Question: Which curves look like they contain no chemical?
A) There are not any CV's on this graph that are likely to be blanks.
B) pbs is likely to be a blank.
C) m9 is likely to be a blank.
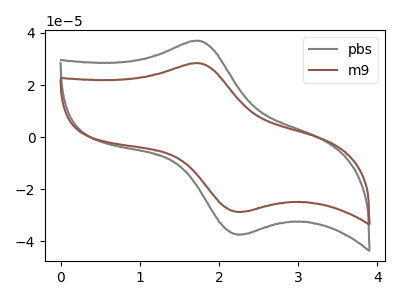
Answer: <think>The gray curve "pbs" has an anodic peak at (1.75V, 36.95uA) and a cathodic peak at (2.30V, -37.35uA). The brown curve "m9" has an anodic peak at (1.75V, 28.40uA) and a cathodic peak at (2.30V, -28.70uA).</think>
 <answer>A) There are not any CV's on this graph that are likely to be blanks.</answer>
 <eval>A</eval>